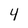
Character: 4